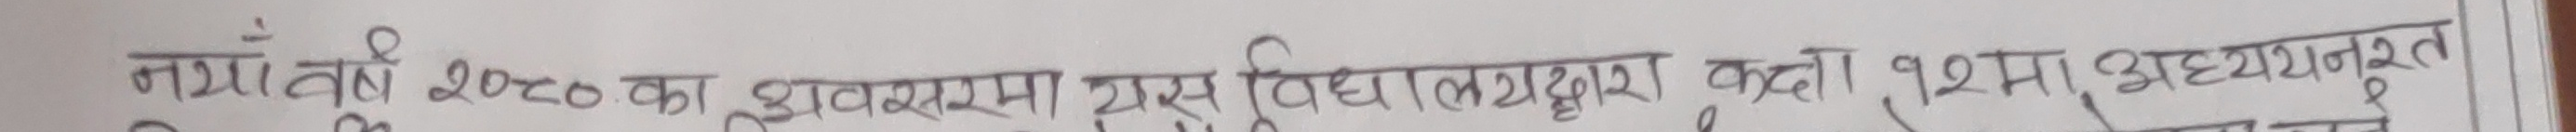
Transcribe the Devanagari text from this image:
नयाँवर्ष २०२० का अवसरमा यस विद्यालयद्वारा कक्षा १शमा अध्ययनरत